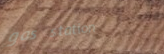
gas station